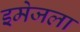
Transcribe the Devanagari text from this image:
इमेजला